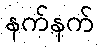
နက်နက်